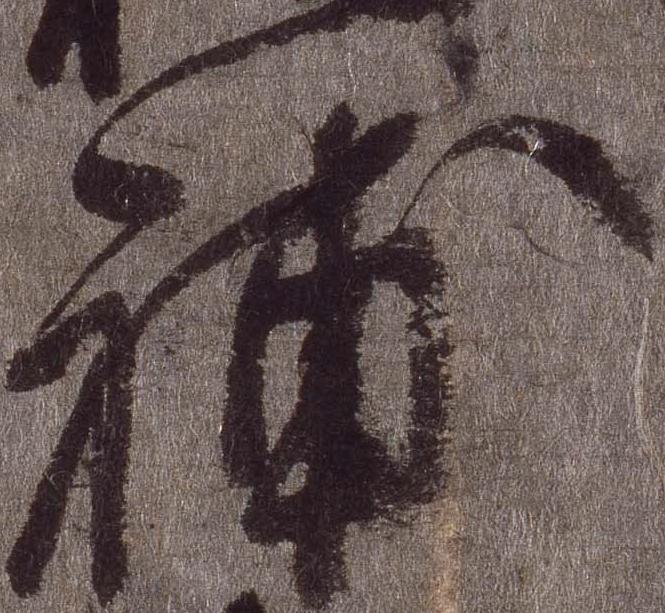
補